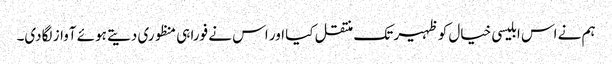
ہم نے اس ابلیسی خیال کو ظہیر تک منتقل کیا اور اس نے فورا ہی منظوری دیتے ہوئے آواز لگادی۔